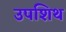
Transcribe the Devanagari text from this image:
उपशिथ